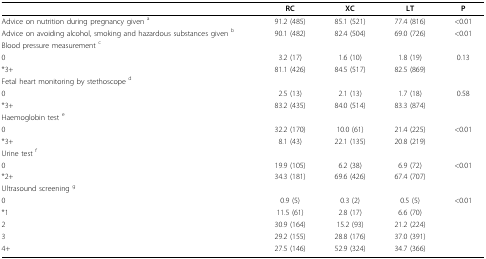
<table><thead><tr><td></td><td><b>RC</b></td><td><b>XC</b></td><td><b>LT</b></td><td><b>P</b></td></tr></thead><tbody><tr><td>Advice on nutrition during pregnancy given <sup>a</sup></td><td>91.2 (485)</td><td>85.1 (521)</td><td>77.4 (816)</td><td>&lt;0.01</td></tr><tr><td>Advice on avoiding alcohol, smoking and hazardous substances given <sup>b</sup></td><td>90.1 (482)</td><td>82.4 (504)</td><td>69.0 (726)</td><td>&lt;0.01</td></tr><tr><td>Blood pressure measurement <sup>c</sup></td><td></td><td></td><td></td><td></td></tr><tr><td> 0</td><td>3.2 (17)</td><td>1.6 (10)</td><td>1.8 (19)</td><td>0.13</td></tr><tr><td>*3+</td><td>81.1 (426)</td><td>84.5 (517)</td><td>82.5 (869)</td><td></td></tr><tr><td>Fetal heart monitoring by stethoscope <sup>d</sup></td><td></td><td></td><td></td><td></td></tr><tr><td> 0</td><td>2.5 (13)</td><td>2.1 (13)</td><td>1.7 (18)</td><td>0.58</td></tr><tr><td>*3+</td><td>83.2 (435)</td><td>84.0 (514)</td><td>83.3 (874)</td><td></td></tr><tr><td>Haemoglobin test <sup>e</sup></td><td></td><td></td><td></td><td></td></tr><tr><td> 0</td><td>32.2 (170)</td><td>10.0 (61)</td><td>21.4 (225)</td><td>&lt;0.01</td></tr><tr><td>*3+</td><td>8.1 (43)</td><td>22.1 (135)</td><td>20.8 (219)</td><td></td></tr><tr><td>Urine test <sup>f</sup></td><td></td><td></td><td></td><td></td></tr><tr><td> 0</td><td>19.9 (105)</td><td>6.2 (38)</td><td>6.9 (72)</td><td>&lt;0.01</td></tr><tr><td>*2+</td><td>34.3 (181)</td><td>69.6 (426)</td><td>67.4 (707)</td><td></td></tr><tr><td>Ultrasound screening <sup>g</sup></td><td></td><td></td><td></td><td></td></tr><tr><td> 0</td><td>0.9 (5)</td><td>0.3 (2)</td><td>0.5 (5)</td><td>&lt;0.01</td></tr><tr><td>*1</td><td>11.5 (61)</td><td>2.8 (17)</td><td>6.6 (70)</td><td></td></tr><tr><td> 2</td><td>30.9 (164)</td><td>15.2 (93)</td><td>21.2 (224)</td><td></td></tr><tr><td> 3</td><td>29.2 (155)</td><td>28.8 (176)</td><td>37.0 (391)</td><td></td></tr><tr><td> 4+</td><td>27.5 (146)</td><td>52.9 (324)</td><td>34.7 (366)</td><td></td></tr></tbody></table>